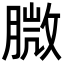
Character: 𦞺